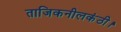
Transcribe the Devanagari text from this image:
ताजिकनीलकंठी।